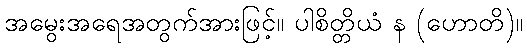
အမွေးအရေအတွက်အားဖြင့်။ ပါစိတ္တိယံ န (ဟောတိ)။